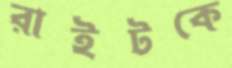
রাইটকে